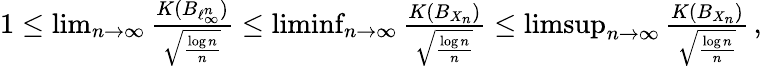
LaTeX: \begin{array}{r}{1\leq\operatorname*{lim}_{n\to\infty}\frac{K(B_{\ell_{\infty}^{n}})}{\sqrt{\frac{\log n}{n}}}\leq\operatorname*{liminf}_{n\to\infty}\frac{K(B_{X_{n}})}{\sqrt{\frac{\log n}{n}}}\leq\operatorname*{limsup}_{n\to\infty}\frac{K(B_{X_{n}})}{\sqrt{\frac{\log n}{n}}}\, ,}\end{array}